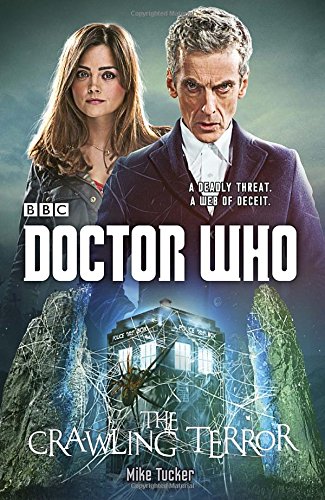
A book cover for Doctor Who: The Crawling Terror (Doctor Who (BBC)); Mike Tucker; Science Fiction & Fantasy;